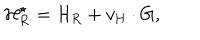
LaTeX: { \cal H } _ { \mathrm { R } } ^ { \star } = { \cal H } _ { \mathrm { R } } + v _ { \mathrm { H } } \cdot \mathrm { G } ,